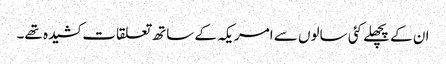
ان کے پچھلے کئی سالوں سے امریکہ کے ساتھ تعلقات کشیدہ تھے۔